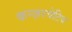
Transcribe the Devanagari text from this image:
कन्ज़रवेटिव